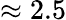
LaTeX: \approx 2.5